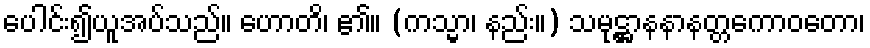
ပေါင်း၍ယူအပ်သည်။ ဟောတိ၊ ၏။ (ကသ္မာ၊ နည်း။) သမုဋ္ဌာနနာနတ္တကောဝတော၊